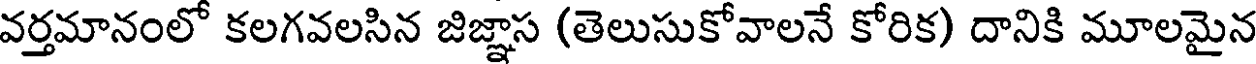
వర్తమానంలో కలగవలసిన జిజ్ఞాస (తెలుసుకోవాలనే కోరిక) దానికి మూలమైన